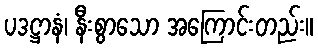
ပဒဋ္ဌာနံ၊ နီးစွာသော အကြောင်းတည်း။